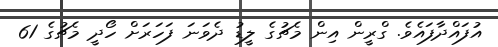
އުފައްދާފައެވެ. ގްރީން އިން މެޗުގެ ލީޑު ދެވަނަ ފަހަރަށް ހޯދީ މެޗުގެ 61